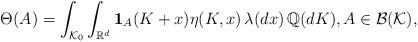
LaTeX: \begin{align*}\Theta (A) = \int_{{\cal K}_0} \int_{{\mathbb R}^d} {\bf 1}_A(K+x) \eta (K,x)\,\lambda (dx)\, {\mathbb Q} (d K),A\in{\cal B}({\cal K}),\end{align*}